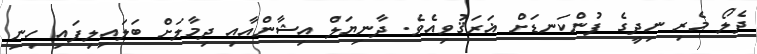
ދެލޯ މެރި ނިދީގެ ފުންކަނޑަށް ޣަރަޤުވިއެވެ. ދާނިޔަލް އިޝާންއާއި ދިމާލަށް ބަލައިލިފައި ހިނި